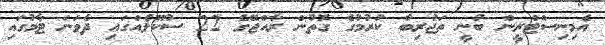
އެމިނިސްޓްރީން ބުނީ ތަޖުރިބާ ކުރުމުގެ ގޮތުން ރާއްޖޭގެ 22 ސުކޫލެއްގައި ދެވަނަ ޓާމުގައި